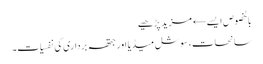
بالخصوص ایسے← مزید پڑھیے
سانحات، سوشل میڈیا اور جتھہ برداری کی نفسیات۔